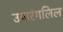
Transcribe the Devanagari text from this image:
उयारंगलिल